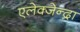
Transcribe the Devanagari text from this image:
एलेक्जेन्द्रा